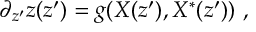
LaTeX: \partial _ { z ^ { \prime } } z ( z ^ { \prime } ) = g ( X ( z ^ { \prime } ) , X ^ { * } ( z ^ { \prime } ) ) ~ ,